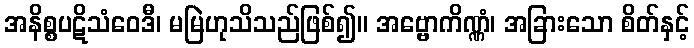
အနိစ္စပဋိသံဝေဒီ၊ မမြဲဟုသိသည်ဖြစ်၍။ အဗ္ဗောကိဏ္ဏံ၊ အခြားသော စိတ်နှင့်